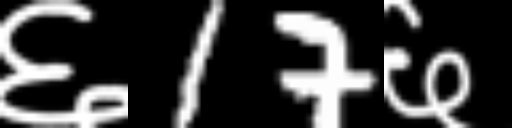
Text: ६17६